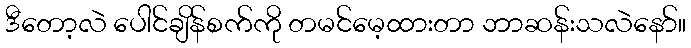
ဒီတော့လဲ ပေါင်ချိန်စက်ကို တမင်မေ့ထားတာ ဘာဆန်းသလဲနော်။